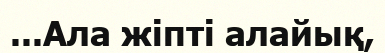
...Ала жiптi алайық,